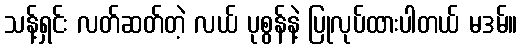
သန့်ရှင်း လတ်ဆတ်တဲ့ လယ် ပုစွန်နဲ့ ပြုလုပ်ထားပါတယ် မဒမ်။